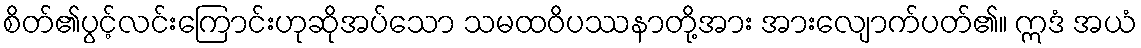
စိတ်၏ပွင့်လင်းကြောင်းဟုဆိုအပ်သော သမထဝိပဿနာတို့အား အားလျောက်ပတ်၏။ ဣဒံ အယံ